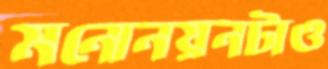
মনোনয়নটাও